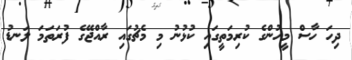
ދިހަ ހާސް މީހުންގެ ކުރިމަތީގައި ކުޅުނު މި މެޗުގައި ރާއްޖޭގެ ފުރަތަމަ ލަނޑު